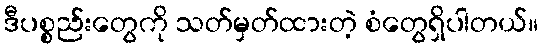
ဒီပစ္စည်းတွေကို သတ်မှတ်ထားတဲ့ စံတွေရှိပါတယ်။